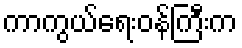
ကာကွယ်ရေးဝန်ကြီးက